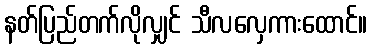
နတ်ပြည်တက်လိုလျှင် သီလလှေကားထောင်။